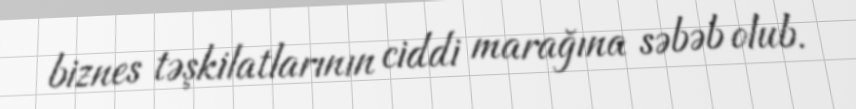
biznes təşkilatlarının ciddi marağına səbəb olub.